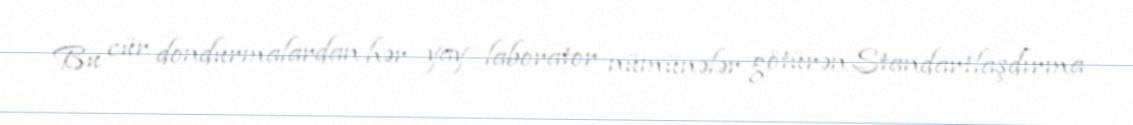
Bu cür dondurmalardan hər yay laborator nümünələr götürən Standartlaşdırma